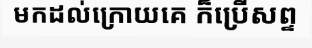
មកដល់ក្រោយគេ ក៏ប្រើសព្ទ